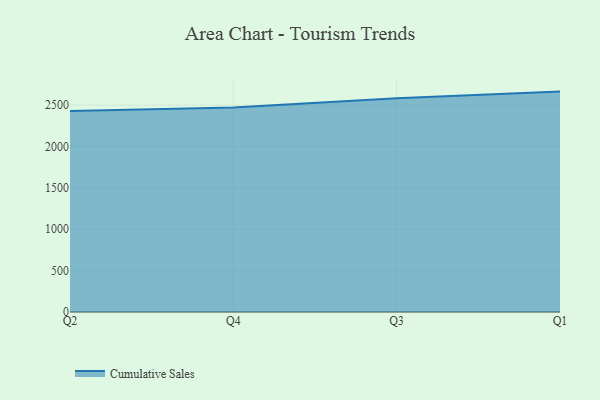
{"axis": {"x": "Quarter", "y": "Net Income (USD K)"}, "legend": ["Cumulative Sales"], "data": [{"x": "Q2", "y": 2428.1, "type": "Cumulative Sales"}, {"x": "Q4", "y": 2472.4, "type": "Cumulative Sales"}, {"x": "Q3", "y": 2583.0, "type": "Cumulative Sales"}, {"x": "Q1", "y": 2663.9, "type": "Cumulative Sales"}]}